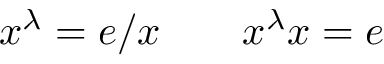
x ^ { \lambda } = e / x \qquad x ^ { \lambda } x = e